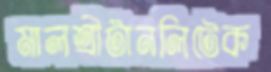
মালশ্রীটানলিটেক